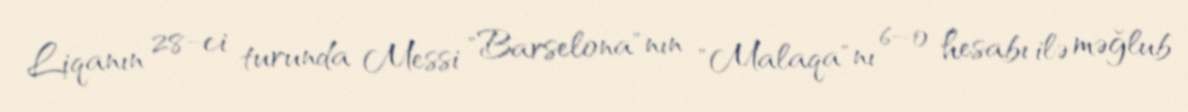
Liqanın 28-ci turunda Messi "Barselona"nın "Malaqa"nı 6–0 hesabı ilə məğlub